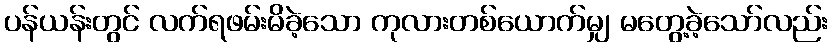
ပန်ယန်းတွင် လက်ရဖမ်းမိခဲ့သော ကုလားတစ်ယောက်မျှ မတွေ့ခဲ့သော်လည်း